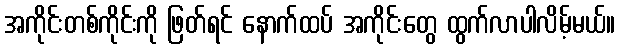
အကိုင်းတစ်ကိုင်းကို ဖြတ်ရင် နောက်ထပ် အကိုင်းတွေ ထွက်လာပါလိမ့်မယ်။